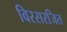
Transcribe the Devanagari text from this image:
विरसरजित